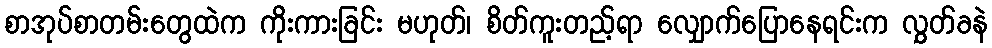
စာအုပ်စာတမ်းတွေထဲက ကိုးကားခြင်း မဟုတ်၊ စိတ်ကူးတည့်ရာ လျှောက်ပြောနေရင်းက လွှတ်ခနဲ